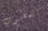
المحبوب